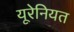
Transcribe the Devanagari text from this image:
यूरेनियत